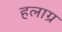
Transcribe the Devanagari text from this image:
हलाग्र